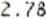
2.78